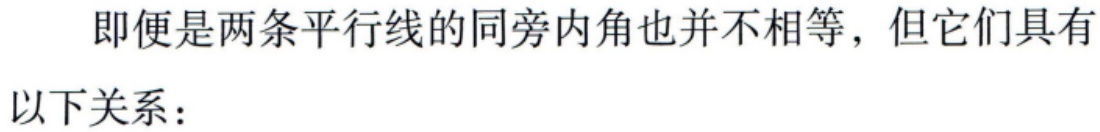
即便是两条平行线的同旁内角也并不相等，但它们具有以下关系：